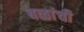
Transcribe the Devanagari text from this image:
बळांची